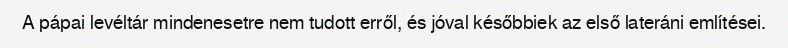
A pápai levéltár mindenesetre nem tudott erről, és jóval későbbiek az első lateráni említései.